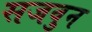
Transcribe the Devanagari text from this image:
सजवुन